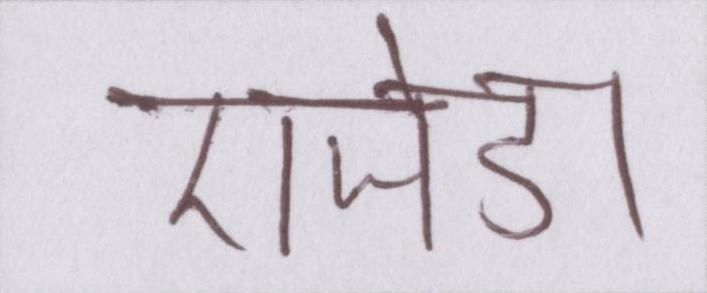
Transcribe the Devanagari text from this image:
एजेंडा